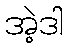
အဲ့ဒါ